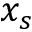
x _ { s }